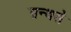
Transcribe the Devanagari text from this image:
ग्रन्थसे